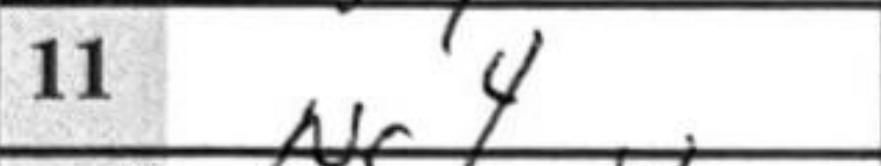
Transcription: Ng4